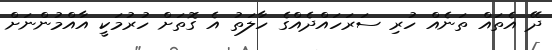
ދޭ އެތައް ތަނެއް ހުރި ސަރަހައްދެއްގެ ހާލަތު އެ ގޮތަށް ހުރުމަކީ އާއްމުންނަށް